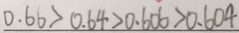
0 . 6 6 > 0 . 6 4 > 0 . 6 0 6 > 0 . 6 0 4